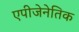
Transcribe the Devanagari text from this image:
एपीजेनेतिक